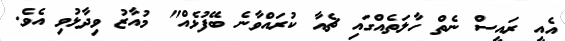
އެއީ ރައީސް ނެތް ހާލަތެއްގައި ޗެއާ ކުރައްވާނެ ބޭފުޅެއް" މުއާޒު ވިދާޅުވި އެވެ.